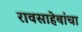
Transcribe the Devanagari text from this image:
रावसाहेबांचा